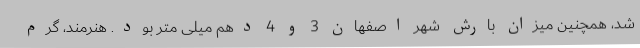
شد، همچنین میزان بارش شهر اصفهان 3 و 4 دهم میلی متر بود. هنرمند، گرم